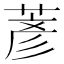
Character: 𫈱